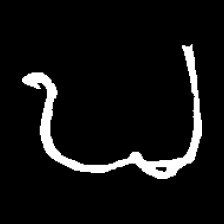
Pyu character \u2014 Myanmar letter: ဎ (romanized: ddha)